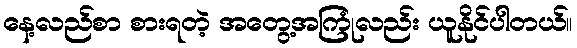
နေ့လည်စာ စားရတဲ့ အတွေ့အကြုံလည်း ယူနိုင်ပါတယ်။